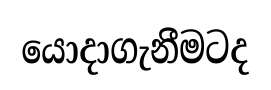
යොදාගැනීමටද